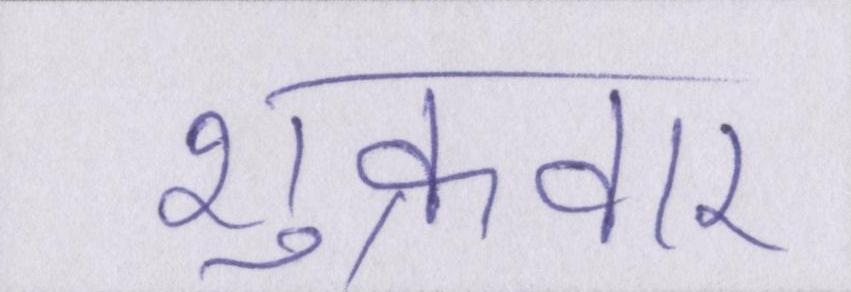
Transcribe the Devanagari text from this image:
शुक्रवार